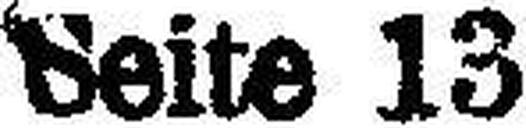
Seite 13